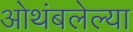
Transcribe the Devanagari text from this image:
ओथंबलेल्या